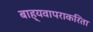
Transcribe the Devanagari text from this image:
बाह्यवापराकरिता